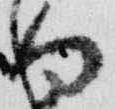
向